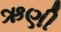
ઋણી